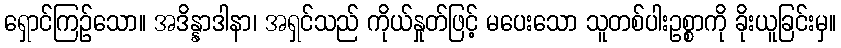
ရှောင်ကြဉ်သော။ အဒိန္နာဒါနာ၊ အရှင်သည် ကိုယ်နှုတ်ဖြင့် မပေးသော သူတစ်ပါးဥစ္စာကို ခိုးယူခြင်းမှ။